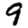
Digit: 9